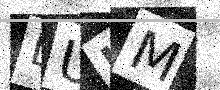
Text: LUUM